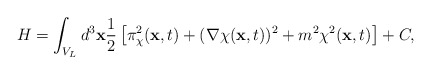
\begin{align*}H=\int_{V_L} d^3{\bf x} \frac{1}{2} \left[ \pi_{\chi}^2({\bf x},t)+({\bf \nabla} \chi ({\bf x},t))^2+m^2\chi^2({\bf x},t) \right] + C,\end{align*}